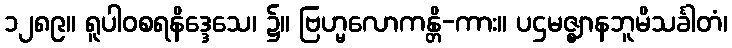
၁၂၈၉။ ရူပါဝစရနိဒ္ဒေသေ၊ ၌။ ဗြဟ္မလောကန္တိ-ကား။ ပဌမဇ္ဈာနဘူမိသင်္ခါတံ၊